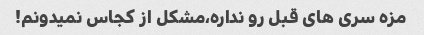
مزه سری های قبل رو نداره،مشکل از کجاس نمیدونم!